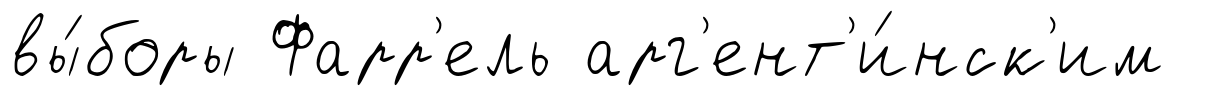
вы́боры Фарр'ель арг'ент'и́нск'им